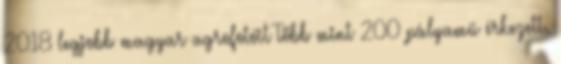
2018 legjobb magyar agrofotóit Több mint 200 pályamű érkezett.